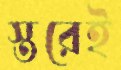
স্তরেই